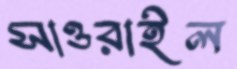
সাওরাইল